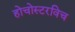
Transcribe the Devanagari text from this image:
होचोस्टरविच